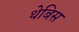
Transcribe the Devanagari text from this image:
थेबिस